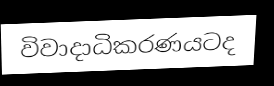
විවාදාධිකරණයටද